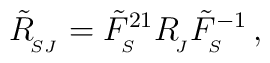
\tilde R_{_{\!SJ}}^{}=\tilde{F}^{21}_{_{\!S}}R_{_{\!J}}^{}\tilde{F}^{-1}_{_{\!S}}\,,